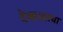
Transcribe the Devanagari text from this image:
देखाव्याचा